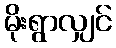
မိုးရွာလျှင်